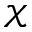
\mathcal { X }